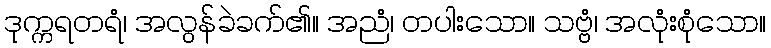
ဒုက္ကရတရံ၊ အလွန်ခဲခက်၏။ အညံ၊ တပါးသော။ သဗ္ဗံ၊ အလုံးစုံသော။